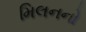
મિલનનો